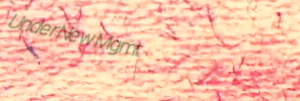
UnderNewMgmt